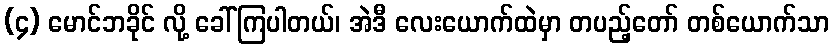
(၄) မောင်ဘခိုင် လို့ ခေါ်ကြပါတယ်၊ အဲဒီ လေးယောက်ထဲမှာ တပည့်တော် တစ်ယောက်သာ